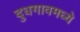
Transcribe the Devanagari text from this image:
दुधगावमध्ये